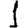
Digit: 1